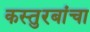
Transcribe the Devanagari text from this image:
कस्तुरबांचा